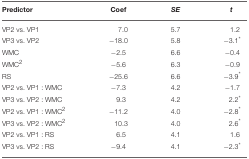
<table><thead><tr><td><b>Predictor</b></td><td><b>Coef</b></td><td><b><i>SE</i></b></td><td><b><i>t</i></b></td></tr></thead><tbody><tr><td>VP2 vs. VP1</td><td>7.0</td><td>5.7</td><td>1.2</td></tr><tr><td>VP3 vs. VP2</td><td>−18.0</td><td>5.8</td><td>−3.1<sup>*</sup></td></tr><tr><td>WMC</td><td>−2.5</td><td>6.6</td><td>−0.4</td></tr><tr><td>WMC<sup>2</sup></td><td>−5.6</td><td>6.3</td><td>−0.9</td></tr><tr><td>RS</td><td>−25.6</td><td>6.6</td><td>−3.9<sup>*</sup></td></tr><tr><td>VP2 vs. VP1 : WMC</td><td>−7.3</td><td>4.2</td><td>−1.7</td></tr><tr><td>VP3 vs. VP2 : WMC</td><td>9.3</td><td>4.2</td><td>2.2<sup>*</sup></td></tr><tr><td>VP2 vs. VP1 : WMC<sup>2</sup></td><td>−11.2</td><td>4.0</td><td>−2.8<sup>*</sup></td></tr><tr><td>VP3 vs. VP2 : WMC<sup>2</sup></td><td>10.3</td><td>4.0</td><td>2.6<sup>*</sup></td></tr><tr><td>VP2 vs. VP1 : RS</td><td>6.5</td><td>4.1</td><td>1.6</td></tr><tr><td>VP3 vs. VP2 : RS</td><td>−9.4</td><td>4.1</td><td>−2.3<sup>*</sup></td></tr></tbody></table>